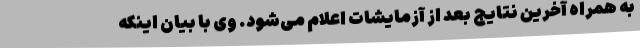
به همراه آخرین نتایج بعد از آزمایشات اعلام می‌شود. وی با بیان اینکه